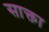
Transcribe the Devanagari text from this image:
साक्ता